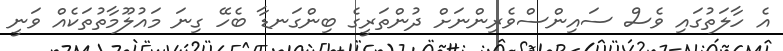
އެ ހާލަތުގައި ވެސް ސައިންސްވެރިންނަށް ދުންތަރީގެ ބިންގަނޑާ ބެހޭ ގިނަ މައުލޫމާތުތަކެއް ވަނީ